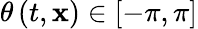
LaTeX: \theta\left(t,\mathbf{x}\right)\in\left[-\pi,\pi\right]